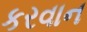
કરવાન